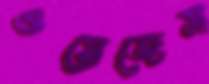
ওয়েজেস